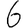
Digit: 6